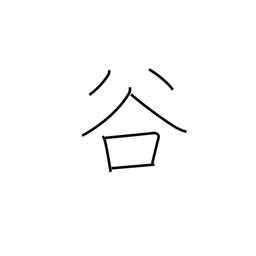
Meaning: valley